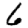
Digit: 6